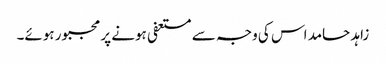
زاہد حامد اس کی وجہ سے مستعفی ہونے پر مجبور ہوئے۔